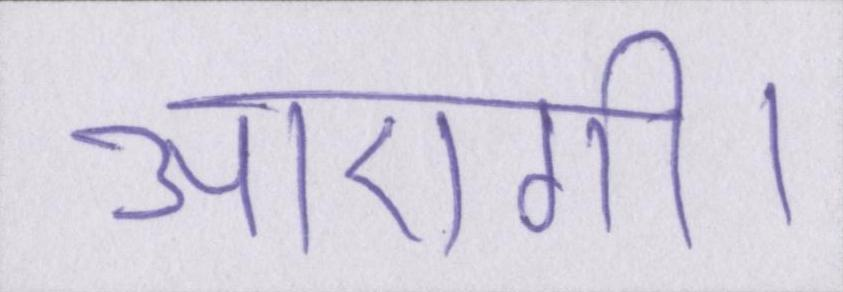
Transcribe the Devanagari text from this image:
आएगी।